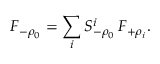
F _ { - \rho _ { 0 } } = \sum _ { i } S _ { - \rho _ { 0 } } ^ { i } \, F _ { + \rho _ { i } } .